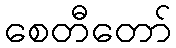
စေတီတော်